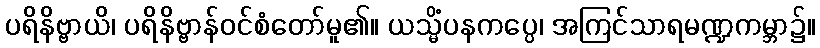
ပရိနိဗ္ဗာယိ၊ ပရိနိဗ္ဗာန်ဝင်စံတော်မူ၏။ ယသ္မိံပနကပ္ပေ၊ အကြင်သာရမဏ္ဍကမ္ဘာ၌။